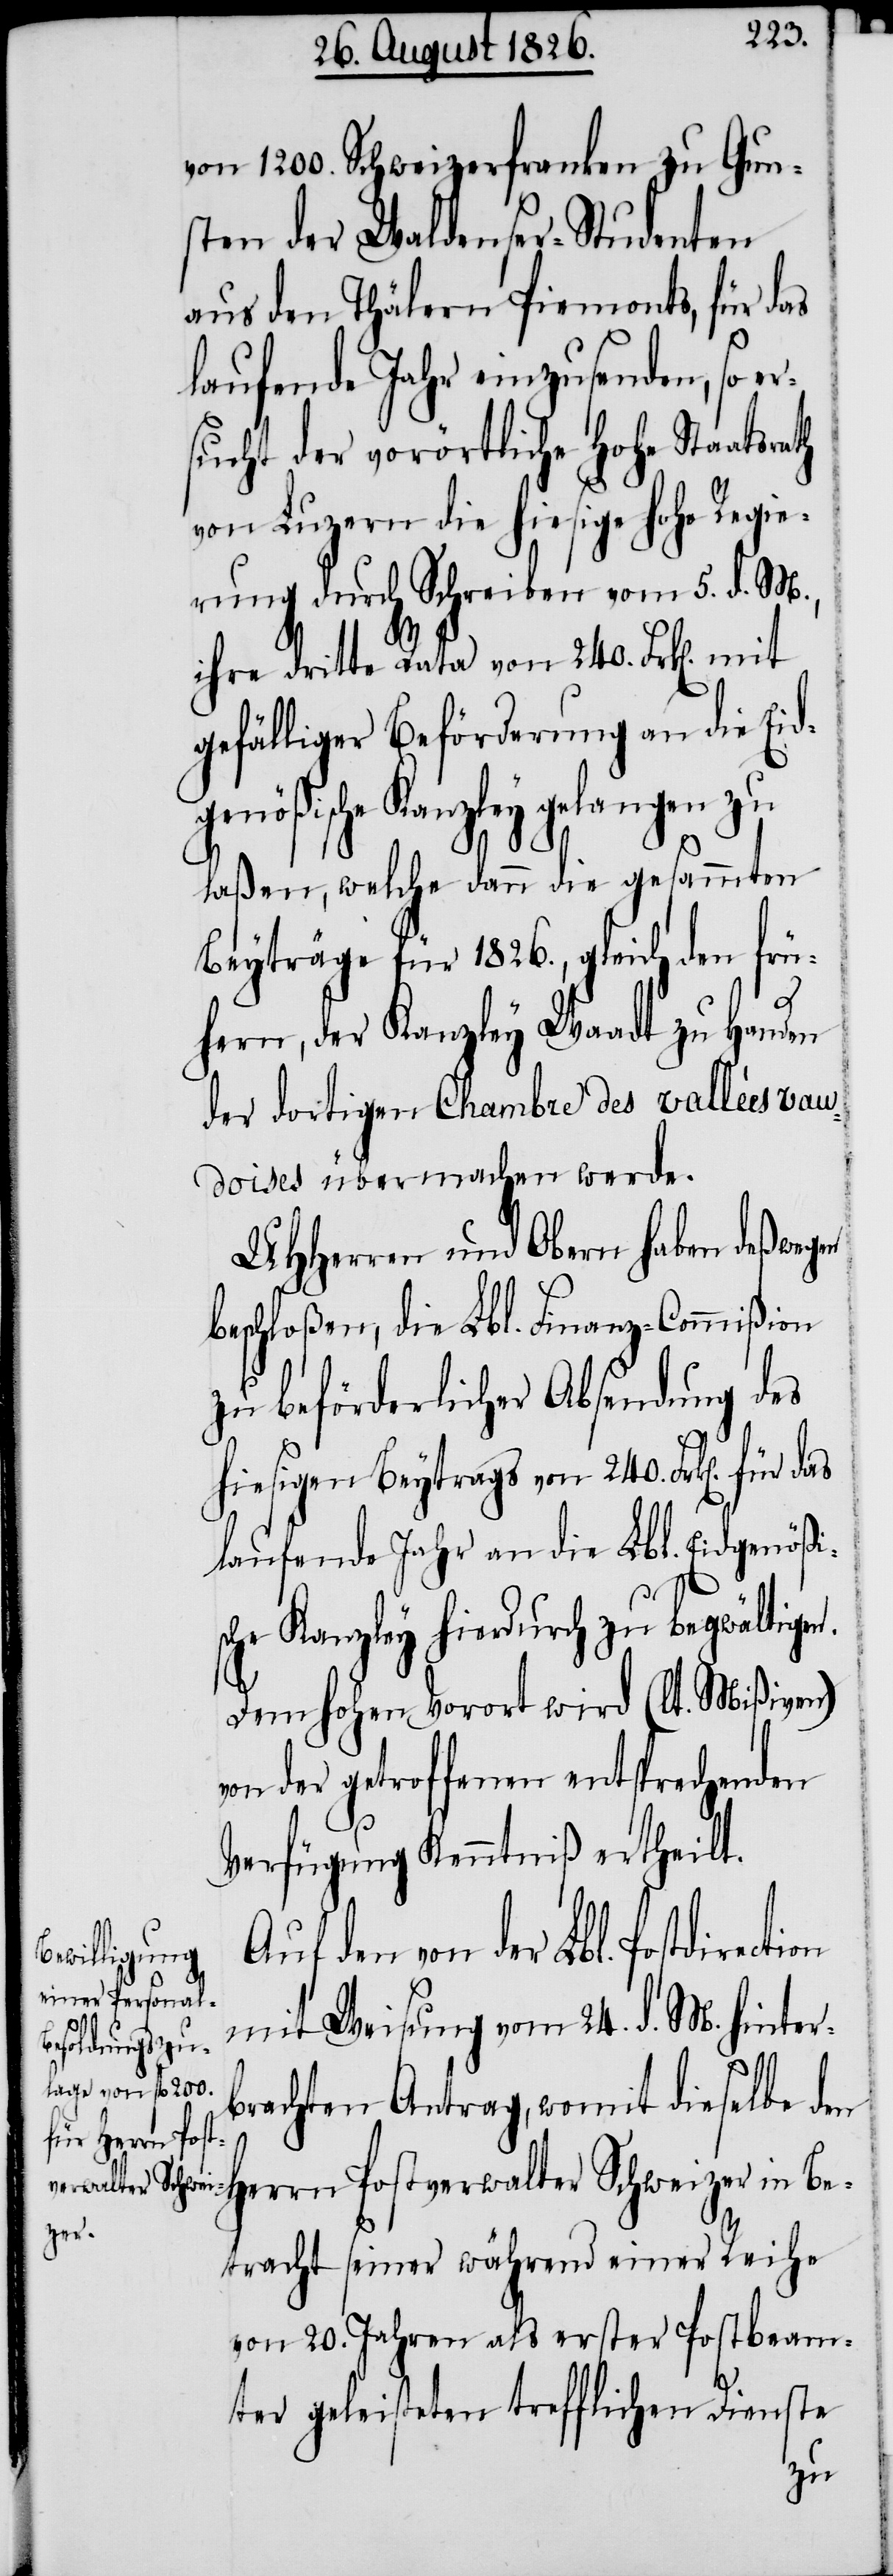
von 1200. Schweizerfranken zu Gun¬
sten der Waldenser-Studenten
aus den Thälern Piemonts, für das
laufende Jahr einzusenden, so e¬
rsucht der vorörtliche hohe Staatsrath
von Luzern die hiesige hohe Regi¬
erung durch Schreiben vom 5. d. M.,
ihre dritte Rata von 240. Frk[en]. mit
gefälliger Beförderung an die Eid¬
genößische Kanzley gelangen zu
laßen, welche dann die gesammten
Beyträge für 1826., gleich den frü¬
hern, der Kanzley Waadt zu Handen
der dortigen Chambre des vallées vau¬
doises übermachen werde.
MHHerren und Obern haben deßwegen
beschloßen, die Lbl. Finanz-Commißion
zu beförderlicher Absendung des
hiesigen Beytrags von 240. Frk[en]. für
laufende Jahr an die Lbl. Eidgenößi¬
sche Kanzley hiedurch zu begwältigen.
Dem hohen Vorort wird (lt. Mißiven)
von der getroffenen entsprechenden
Verfügung Kenntniß ertheilt.
Auf den von der Lbl. Postdirect¬
mit Weisung vom 24. d. M. hinter¬
brachten Antrag, womit dieselbe den
Herrn Postverwalter Schweizer in Be¬
tracht seiner während einer Reihe
von 20. Jahren als erster Postbeam¬
ter geleisteten trefflichen Dienste
ion